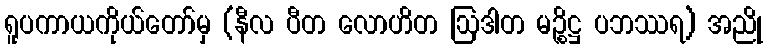
ရူပကာယကိုယ်တော်မှ (နီလ ပီတ လောဟိတ ဩဒါတ မဉ္စိဋ္ဌ ပဘဿရ) အညို